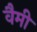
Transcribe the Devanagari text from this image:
वैमी